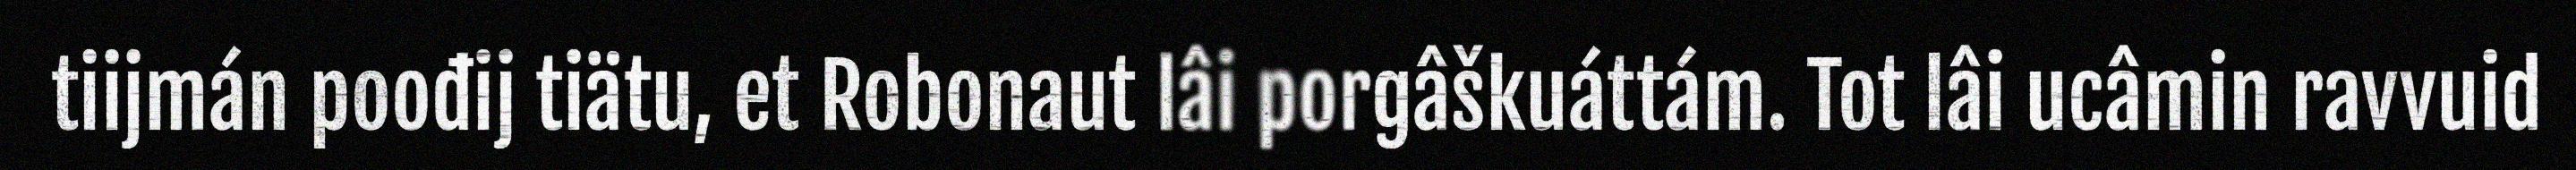
tiijmán poođij tiätu, et Robonaut lâi porgâškuáttám. Tot lâi ucâmin ravvuid